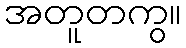
အတူတကွ။